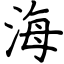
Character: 海